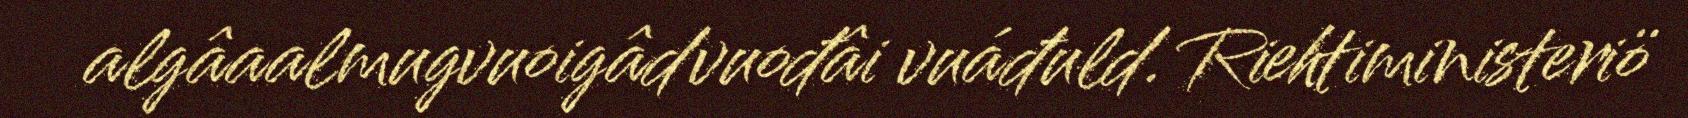
algâaalmugvuoigâdvuođâi vuáđuld. Riehtiministeriö